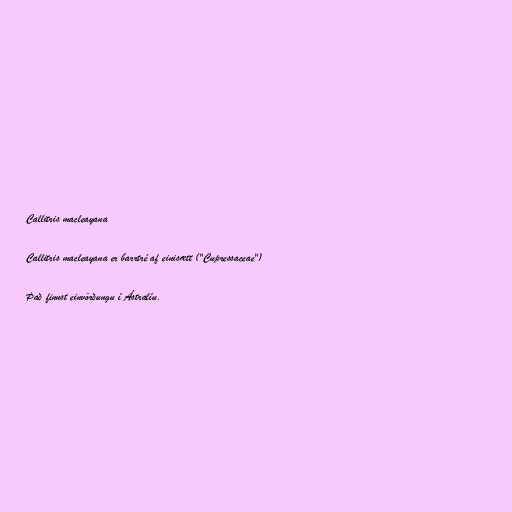
Callitris macleayana

Callitris macleayana er barrtré af einisætt ("Cupressaceae")

Það finnst einvörðungu í Ástralíu.